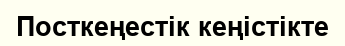
Посткеңестік кеңістікте